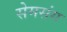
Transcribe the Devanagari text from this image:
सेमसंग